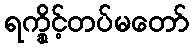
ရက္ခိုင့်တပ်မတော်